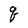
Character: q